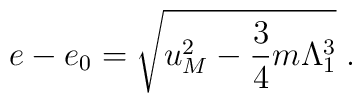
e-e_{0}=\sqrt{u_{M}^2-\frac 3 4 m\Lambda_{1}^{3}}\;.